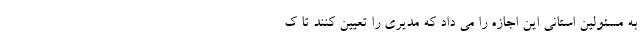
به مسئولین استانی این اجازه را می داد که مدیری را تعیین کنند تا ک